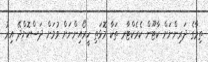
ތިމާގެ ދަރިންނަށް ކާޓޫން ކެރެކްޓާރ ތަކާ މޮޅަތި ހީރޯއިންނަށް ވުމަށް ދަސްކޮށްދޭ އިރު